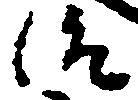
治